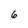
Character: 6